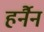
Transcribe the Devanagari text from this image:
हर्नैन